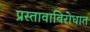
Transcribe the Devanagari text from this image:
प्रस्तावाविरोधात